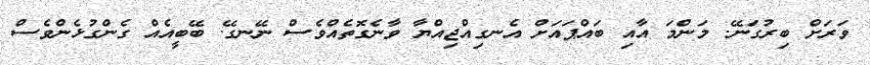
ވަރަށް ބިރުގަނޭ. މަންމަ އާއި ބައްޕައަށް އެނގިއްޖިއްޔާ ވާނެގޮތެއްވެސް ނޭނގޭ. ބޭބީއެއް ގެންގުޅެންވެސް